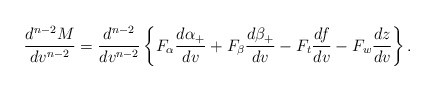
\begin{align*} \frac{d^{n-2}M}{dv^{n-2}}=\frac{d^{n-2}}{dv^{n-2}}\left\{F_\alpha\frac{d\alpha_+}{dv}+F_\beta\frac{d\beta_+}{dv}-F_t\frac{df}{dv}-F_w\frac{dz}{dv}\right\}.\end{align*}